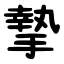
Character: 摯